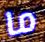
ما